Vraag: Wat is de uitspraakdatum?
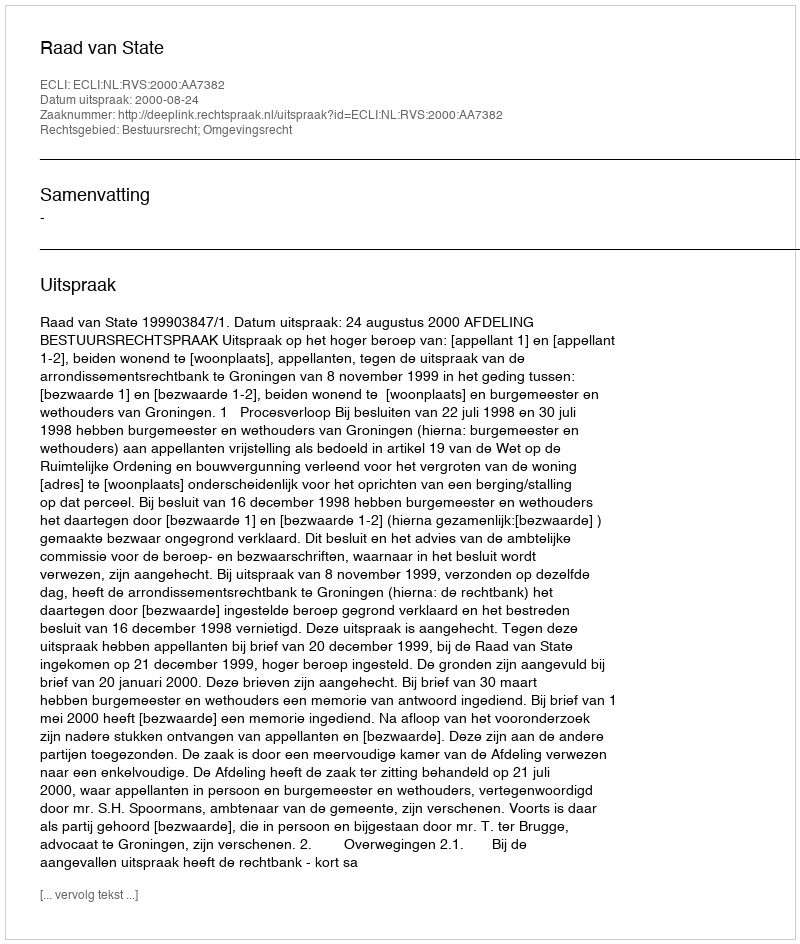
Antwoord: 2000-08-24